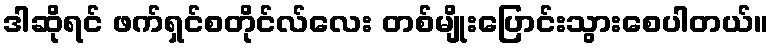
ဒါဆိုရင် ဖက်ရှင်စတိုင်လ်လေး တစ်မျိုးပြောင်းသွားစေပါတယ်။